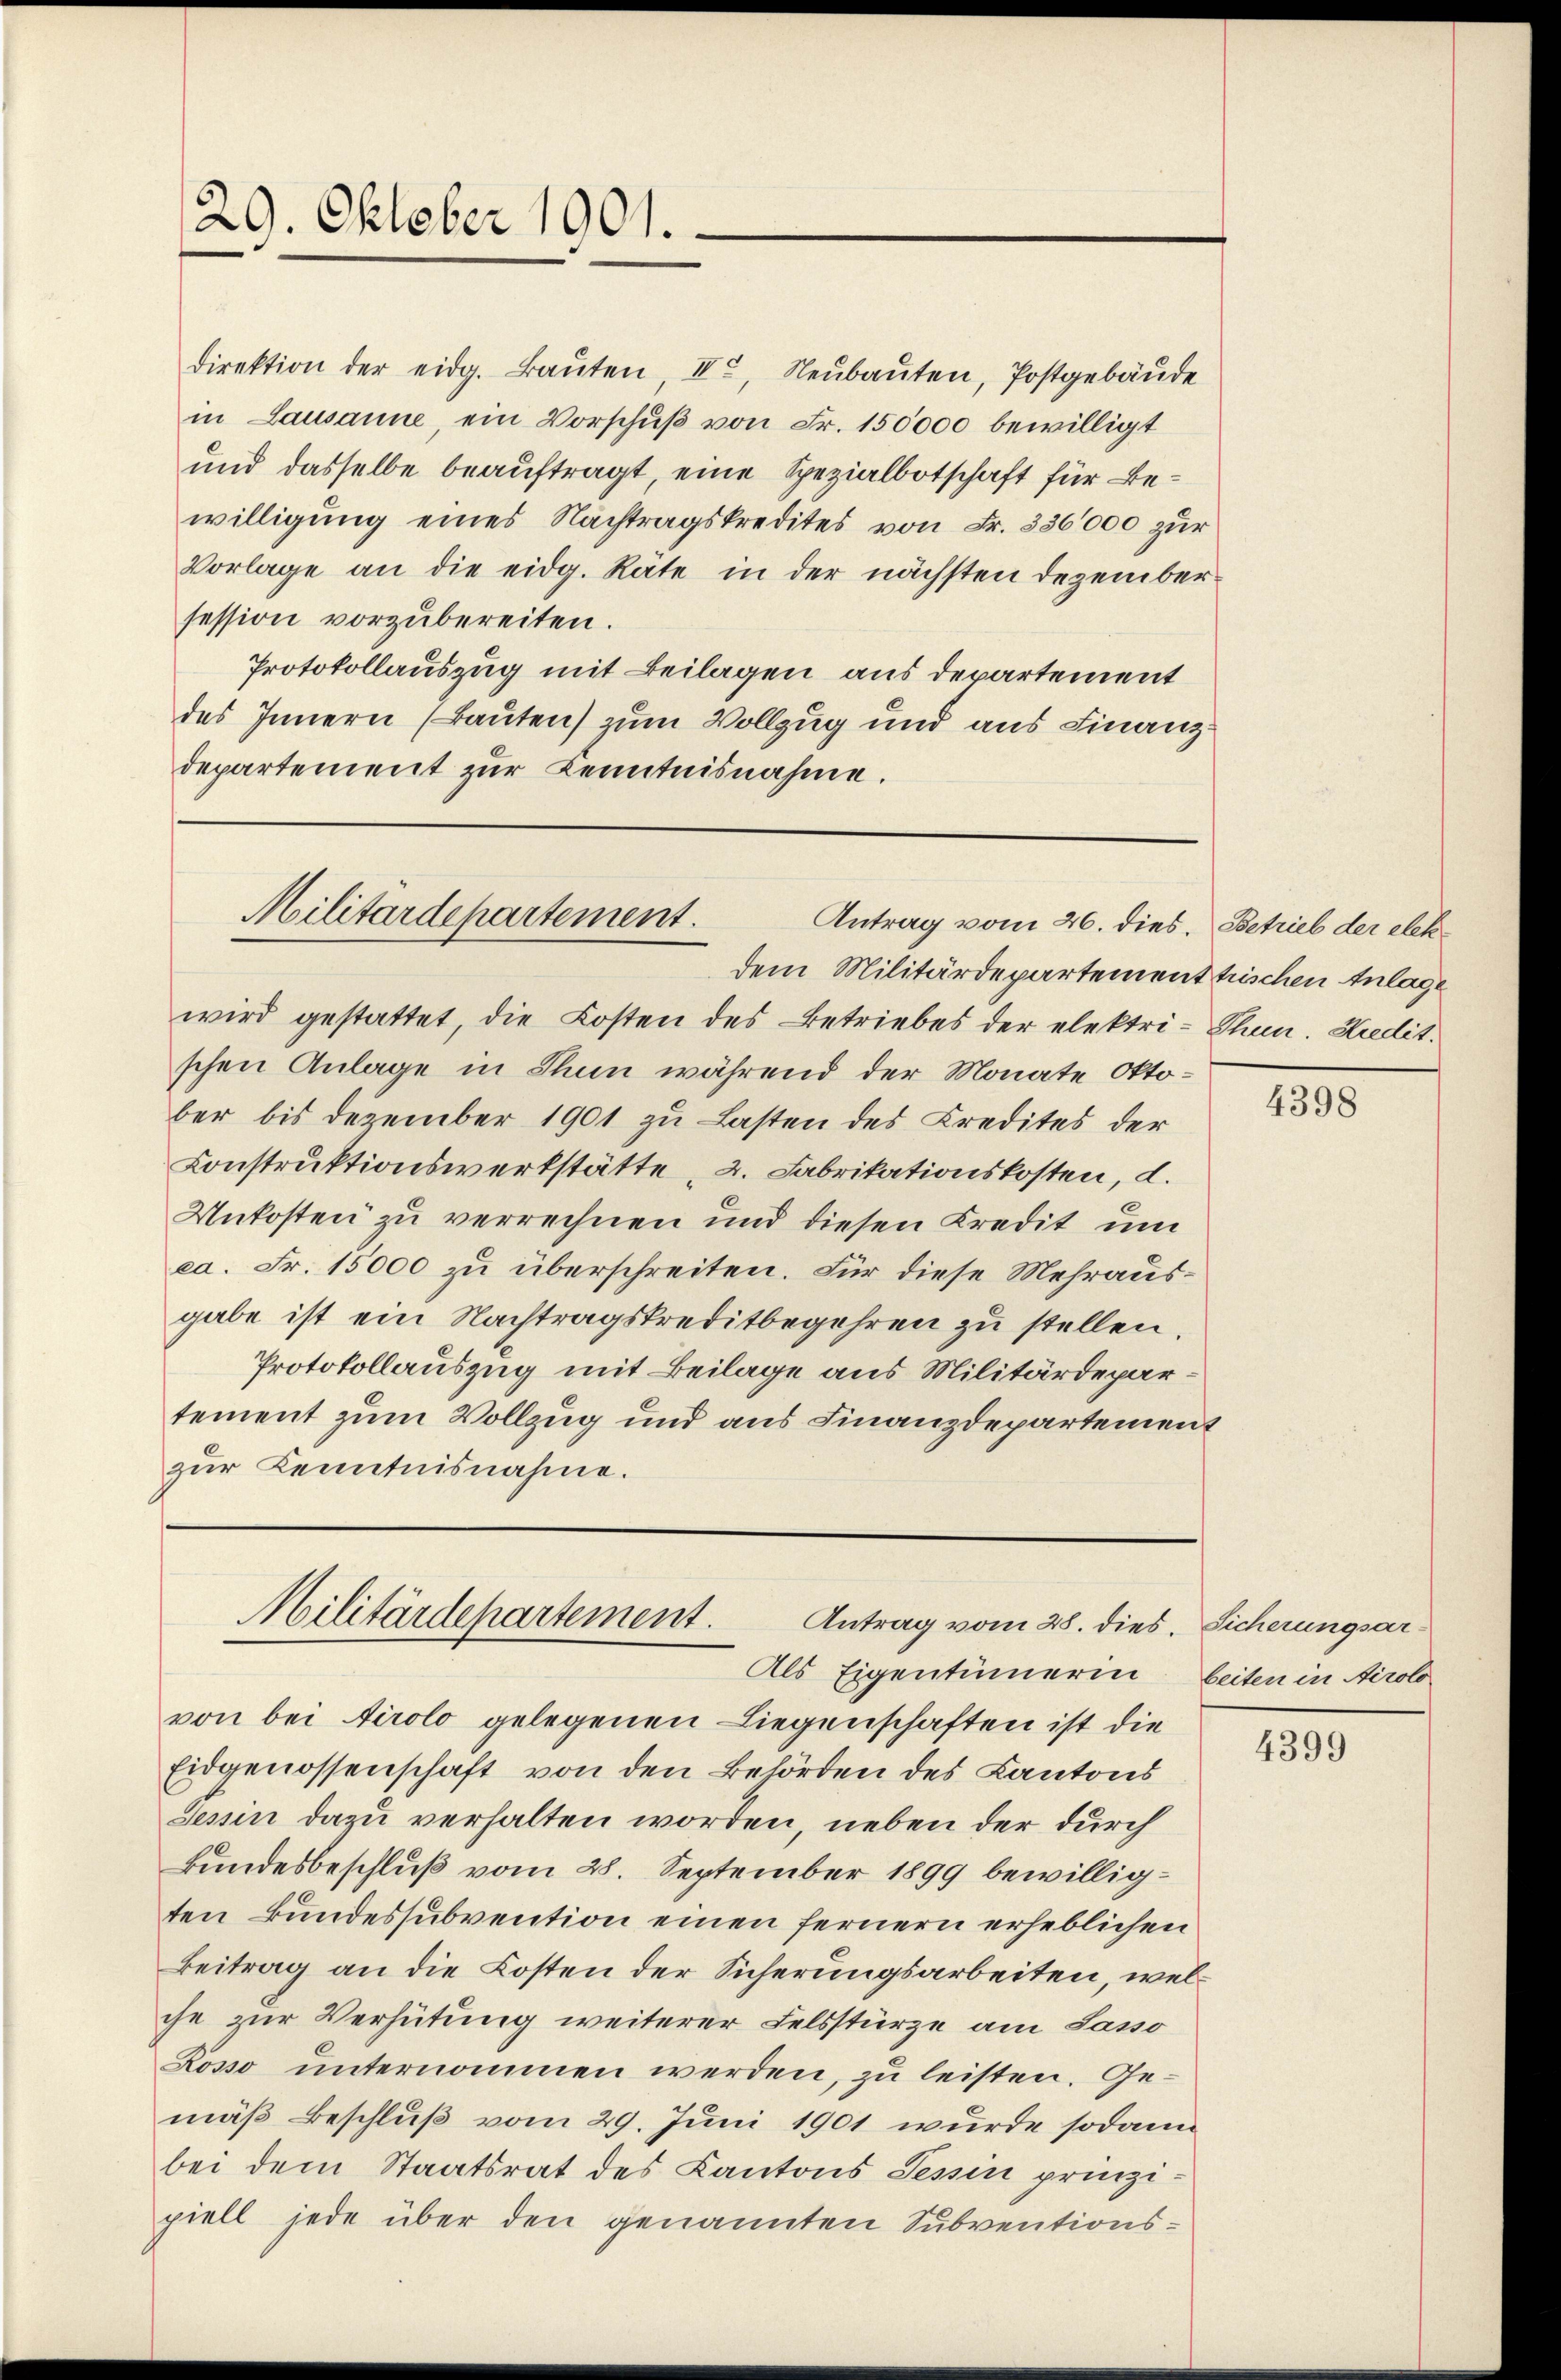
29. Oktober 1901.

direktion der eidg. Baŭten, II., Neŭbaŭten, Postgebäŭde
in Lausanne, ein Vorschuß von Fr. 150000 bewilligt
und dasselbe beauftragt, eine Spezialbotschaft für Bewilligung eines Nachtragskredites von Fr. 336000 zur
Vorlage an die eidg. Räte in der nächsten Dezembersession vorzubereiten.
Protokollauszug mit Beilagen aus departement
des Innern (Bauten) zum Vollzug und aus Finanz
departement zur Kenntnisnahme.

Militärdepartement.
Antrag vom 26. dies. Betrieb der elek¬

dem Militärdepartement trischen Anlage
wird gestattet, die Kosten des Betriebes der elektri-Thun. Kredit.
schen Anlage in Thun während der Monate Oktober bis Dezember 1901 zu Lasten des Kredites der
Konstruktionswerkstätte 2. Fabrikationskosten, d.
Unkosten zu verrechnen und diesen Kredit um
ca. Fr. 15000 zu überschreiten. Für diese Mehrausgabe ist ein Nachtragskreditbegehren zu stellen.
Protokollauszug mit Beilage aus Militärdepartement zum Vollzug und aus Finanzdepartement
zur Kenntnisnahme.

Militärdepartement.
Antrag vom 28. dies. Sicherungsar¬
Als Eigentümerin beiten in Airolo

von bei tirolo gelegenen Liegenschaften ist die
Eidgenossenschaft von den Behörden des Kantons
Tessin dazu verhalten worden, neben der durch
Bundesbeschluß vom 28. September 1899 bewilligten Bundessubvention einen fernern erheblichen
Beitrag an die Kosten der Sicherungsarbeiten, welche zur Verhütung weiterer Felsstürze am Sasso
Kosso unternommen werden, zu leisten. Gemäß Beschluß vom 29. Juni 1901 wurde sodann
bei dem Staatsrat des Kantons Tessin prinzipiell jede über den genannten Subventions¬

4398

4399